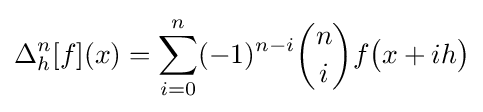
\Delta _{h}^{n}[f](x)=\sum _{i=0}^{n}(-1)^{n-i}{\binom {n}{i}}f{\bigl (}x+ih{\bigr )}